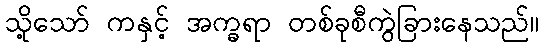
သို့သော် ကနှင့် အက္ခရာ တစ်ခုစီကွဲခြားနေသည်။